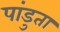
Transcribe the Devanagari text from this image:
पांडुता